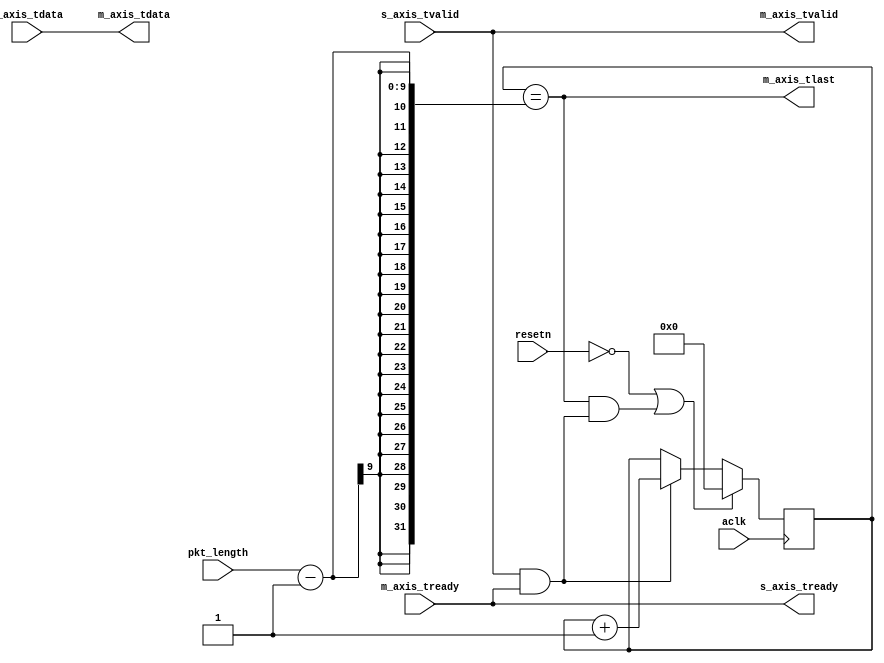
`timescale 1ns / 1ps
//////////////////////////////////////////////////////////////////////////////////
// Company:        Xilinx
// Design Name:    dma_controller
// Module Name:    tlast_gen
// Project Name:   DMA Controller
// Target Devices: All
// Tool Versions:  2015.1
// Description:    Generate tlast based on configured packet length
// 
// Dependencies:   None
// 
// Revision:
//   - Rev 0.20 - Behavior verified in hardware testcase
//   - Rev 0.10 - Behavior verified in behavioral simulation
//   - Rev 0.01 - File created
//
// Known Issues:
//   - Rev 0.20 - None
//   - Rev 0.10 - None
//   - Rev 0.01 - None
//
// Additional Comments:
// 
//////////////////////////////////////////////////////////////////////////////////

module tlast_gen
#(
    parameter TDATA_WIDTH    = 8,
    parameter MAX_PKT_LENGTH = 256
)
(
    // Clocks and resets
    input                            aclk,
    input                            resetn,
    
    // Control signals
    input [$clog2(MAX_PKT_LENGTH):0] pkt_length,
    
    // Slave interface
    input                            s_axis_tvalid,
    output                           s_axis_tready,
    input  [TDATA_WIDTH-1:0]         s_axis_tdata,
    
    // Master interface
    output                           m_axis_tvalid,
    input                            m_axis_tready,
    output                           m_axis_tlast,
    output [TDATA_WIDTH-1:0]         m_axis_tdata
);

    // Internal signals
    wire                           new_sample;
    reg [$clog2(MAX_PKT_LENGTH):0] cnt = 0;

    // Pass through control signals
    assign s_axis_tready = m_axis_tready;
    assign m_axis_tvalid = s_axis_tvalid;
    assign m_axis_tdata  = s_axis_tdata;

    // Count samples
    assign new_sample = s_axis_tvalid & s_axis_tready;
    always @ (posedge aclk) begin
        if (~resetn | (m_axis_tlast & new_sample))
            cnt <= 0;
        else
            if (new_sample)
                cnt <= cnt + 1'b1;
    end
    
    // Generate tlast
    assign m_axis_tlast = (cnt == pkt_length-1);

endmodule